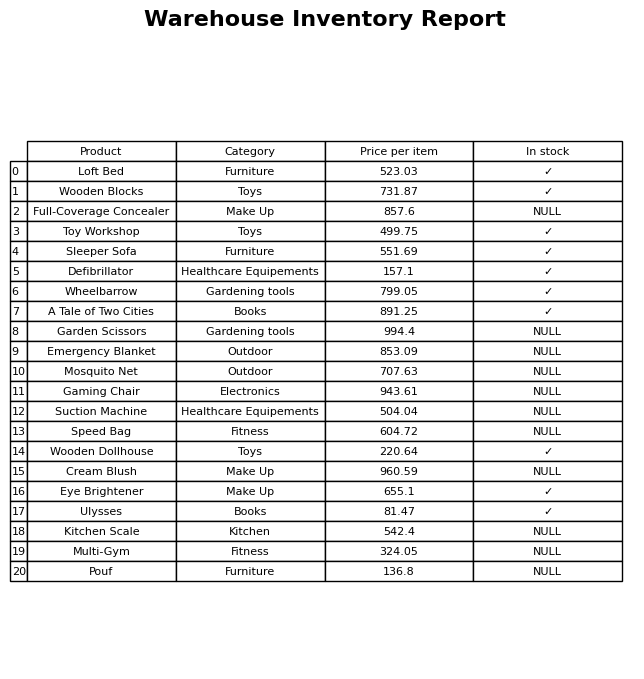
question: What is the price for Ulysses?
answer: The price of Ulysses is 81.47.